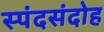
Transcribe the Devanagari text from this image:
स्पंदसंदोह